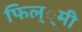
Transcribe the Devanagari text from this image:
फिल््मी